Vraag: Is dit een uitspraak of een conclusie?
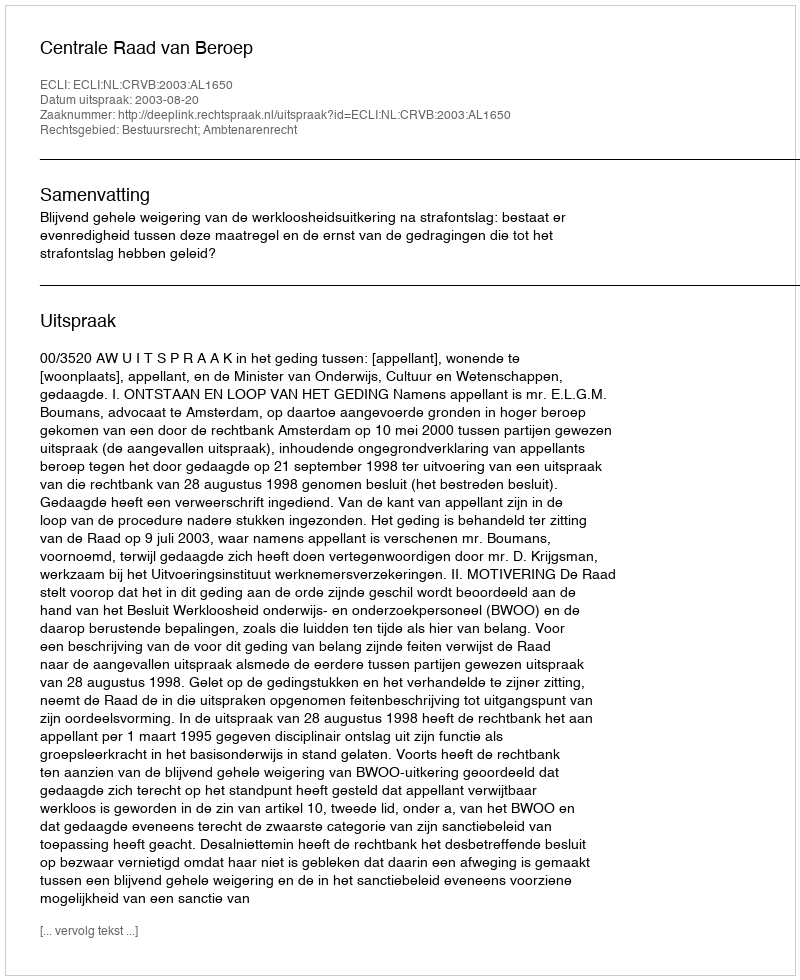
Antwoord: Uitspraak